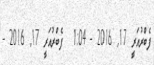
ފެބްރުއަރީ 17